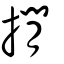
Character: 撊